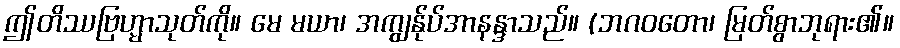
ဤတိဿဗြဟ္မာသုတ်ကို။ မေ မယာ၊ အကျွန်ုပ်အာနန္ဒာသည်။ (ဘဂဝတော၊ မြတ်စွာဘုရား၏။